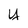
Character: y